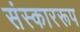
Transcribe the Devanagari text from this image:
संस्काररूप